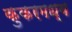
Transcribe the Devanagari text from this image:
कुकरमध्य